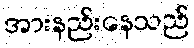
အားနည်းနေသည်